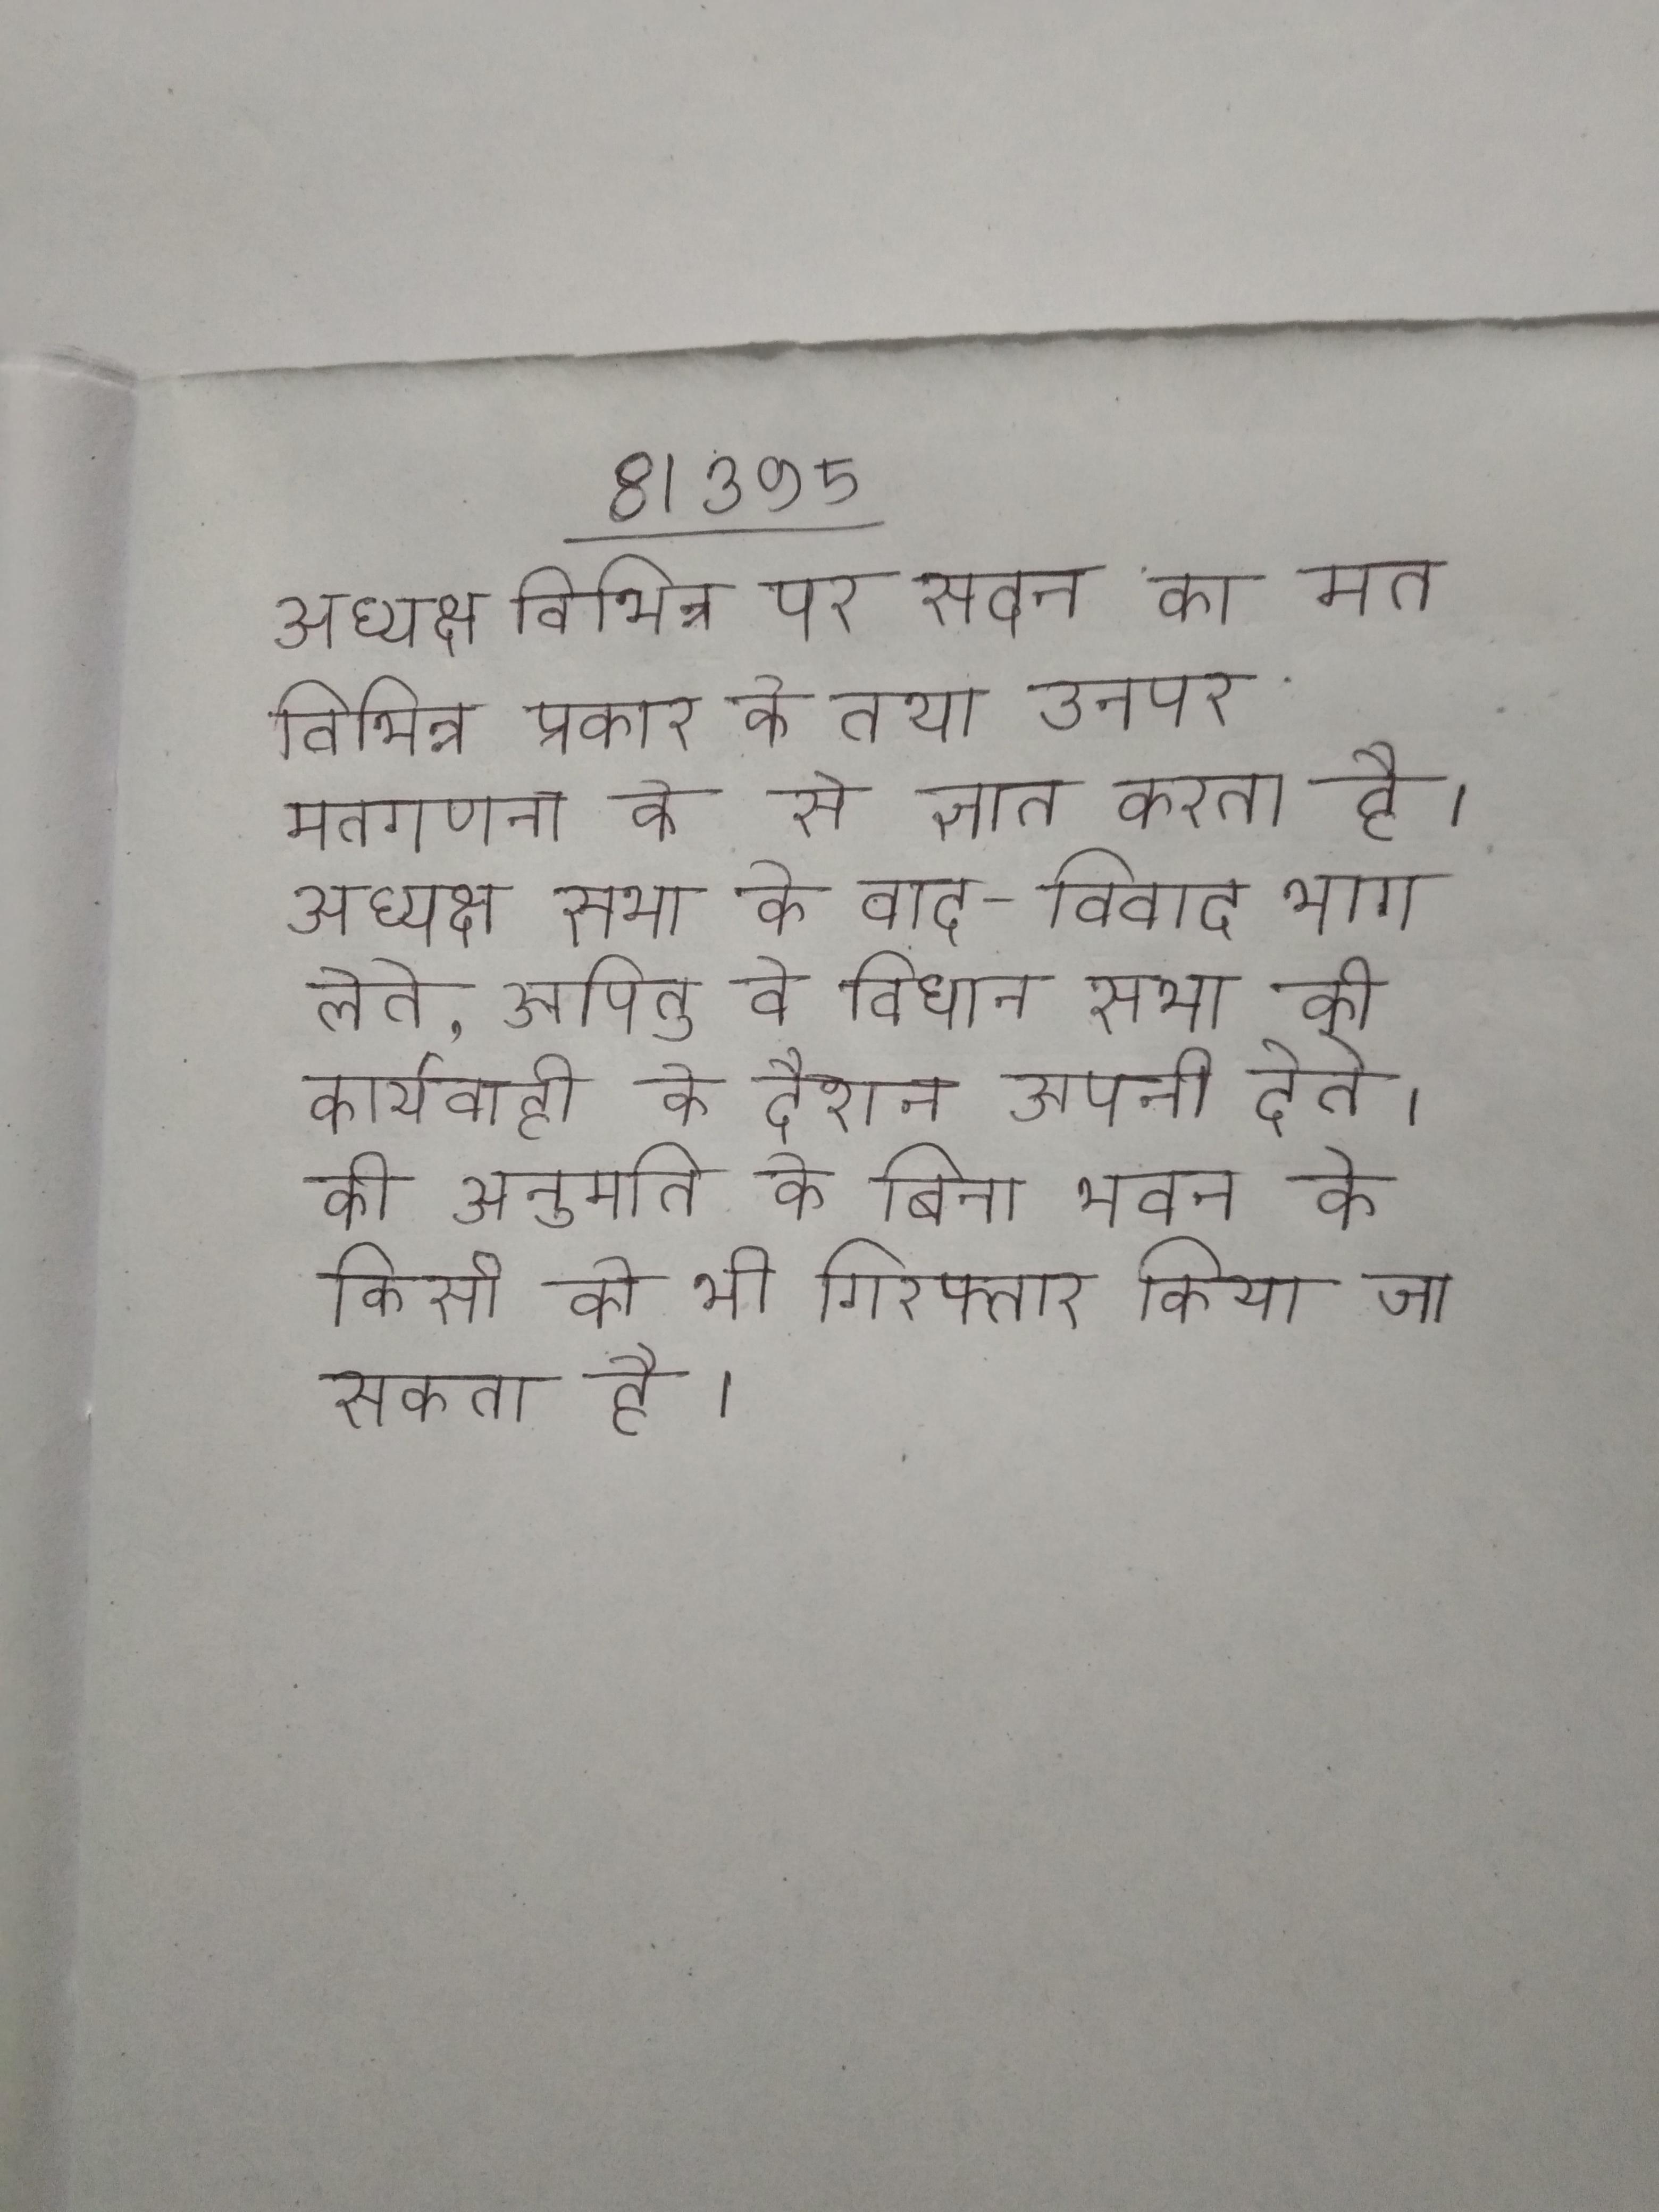
अध्यक्ष विभिन्न पर सदन का मत विभिन्न प्रकार के तथा उनपर मतगणना के से ज्ञात करता है । अध्यक्ष सभा के वाद-विवाद भाग लेते, अपितु वे विधान सभा की कार्यवाही के दौरान अपनी देते । की अनुमति के बिना भवन के किसी को भी गिरफ्तार किया जा सकता है ।